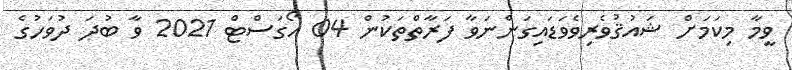
ވީމާ މިކަމަށް ޝައުޤުވެރިވެވަޑައިގަންނަވާ ފަރާތްތަކުން 04 އޯގަސްޓް 2021 ވާ ބުދަ ދުވަހުގެ